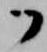
ツ